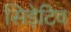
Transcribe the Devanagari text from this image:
सिड़ेटिव